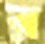
র